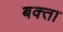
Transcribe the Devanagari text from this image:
बक्‍ता